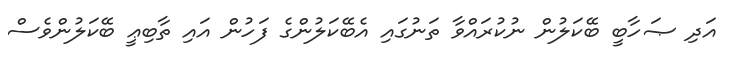
އަދި ޞަހާބީ ބޭކަލުން ނުކުރައްވާ ތަނުގައި އެބޭކަލުންގެ ފަހުން އައި ތާބިޢީ ބޭކަލުންވެސް